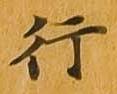
行